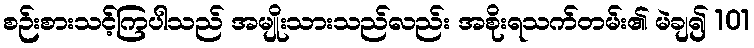
စဉ်းစားသင့်ကြပါသည် အမျိုးသားသည်လည်း အစိုးရသက်တမ်း၏ မဲချ၍ 101